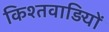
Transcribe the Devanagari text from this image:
किश्तवाड़ियों